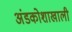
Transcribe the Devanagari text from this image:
अंडकोशाखाली